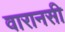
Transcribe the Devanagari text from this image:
वारानसी